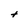
Character: t